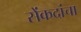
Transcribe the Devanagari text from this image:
सेंकदांचा